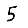
Digit: 5